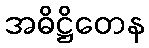
အဓိဋ္ဌိတေန